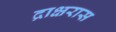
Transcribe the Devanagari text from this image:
द्राक्षरास